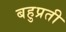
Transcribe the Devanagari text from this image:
बहुप्रती